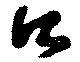
口